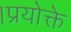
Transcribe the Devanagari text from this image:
।प्रयोक्ते